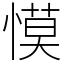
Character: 慔